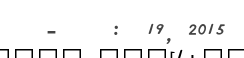
-    :  19